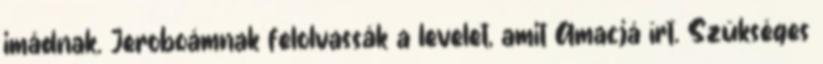
imádnak. Jeroboámnak felolvassák a levelet, amit Amacjá írt. Szükséges